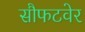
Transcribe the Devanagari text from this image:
सौफटवेर